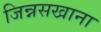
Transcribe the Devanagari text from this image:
जिन्नसखाना